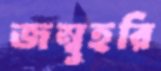
জম্বুহরি